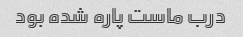
درب ماست پاره شده بود